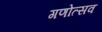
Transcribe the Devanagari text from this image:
गणोत्सव